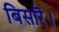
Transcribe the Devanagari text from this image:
बिसारॆ।